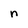
Character: n